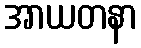
အာယတနာ